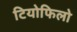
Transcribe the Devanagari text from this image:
टियोफिलो